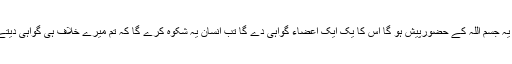
جب یہ جسم اللہ کے حضورپیش ہو گا اس کا یک ایک اعضاء گواہی دے گا تب انسان یہ شکوہ کرے گا کہ تم میرے خلاف ہی گواہی دیتے ہو۔